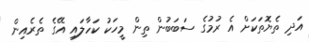
އަދި ތެޔޮތަކަށް އެ ރުމުގެ ސަބަބުން ތިން މީހަކު ކަހާލައި އޭގެ ތެެރެއިން